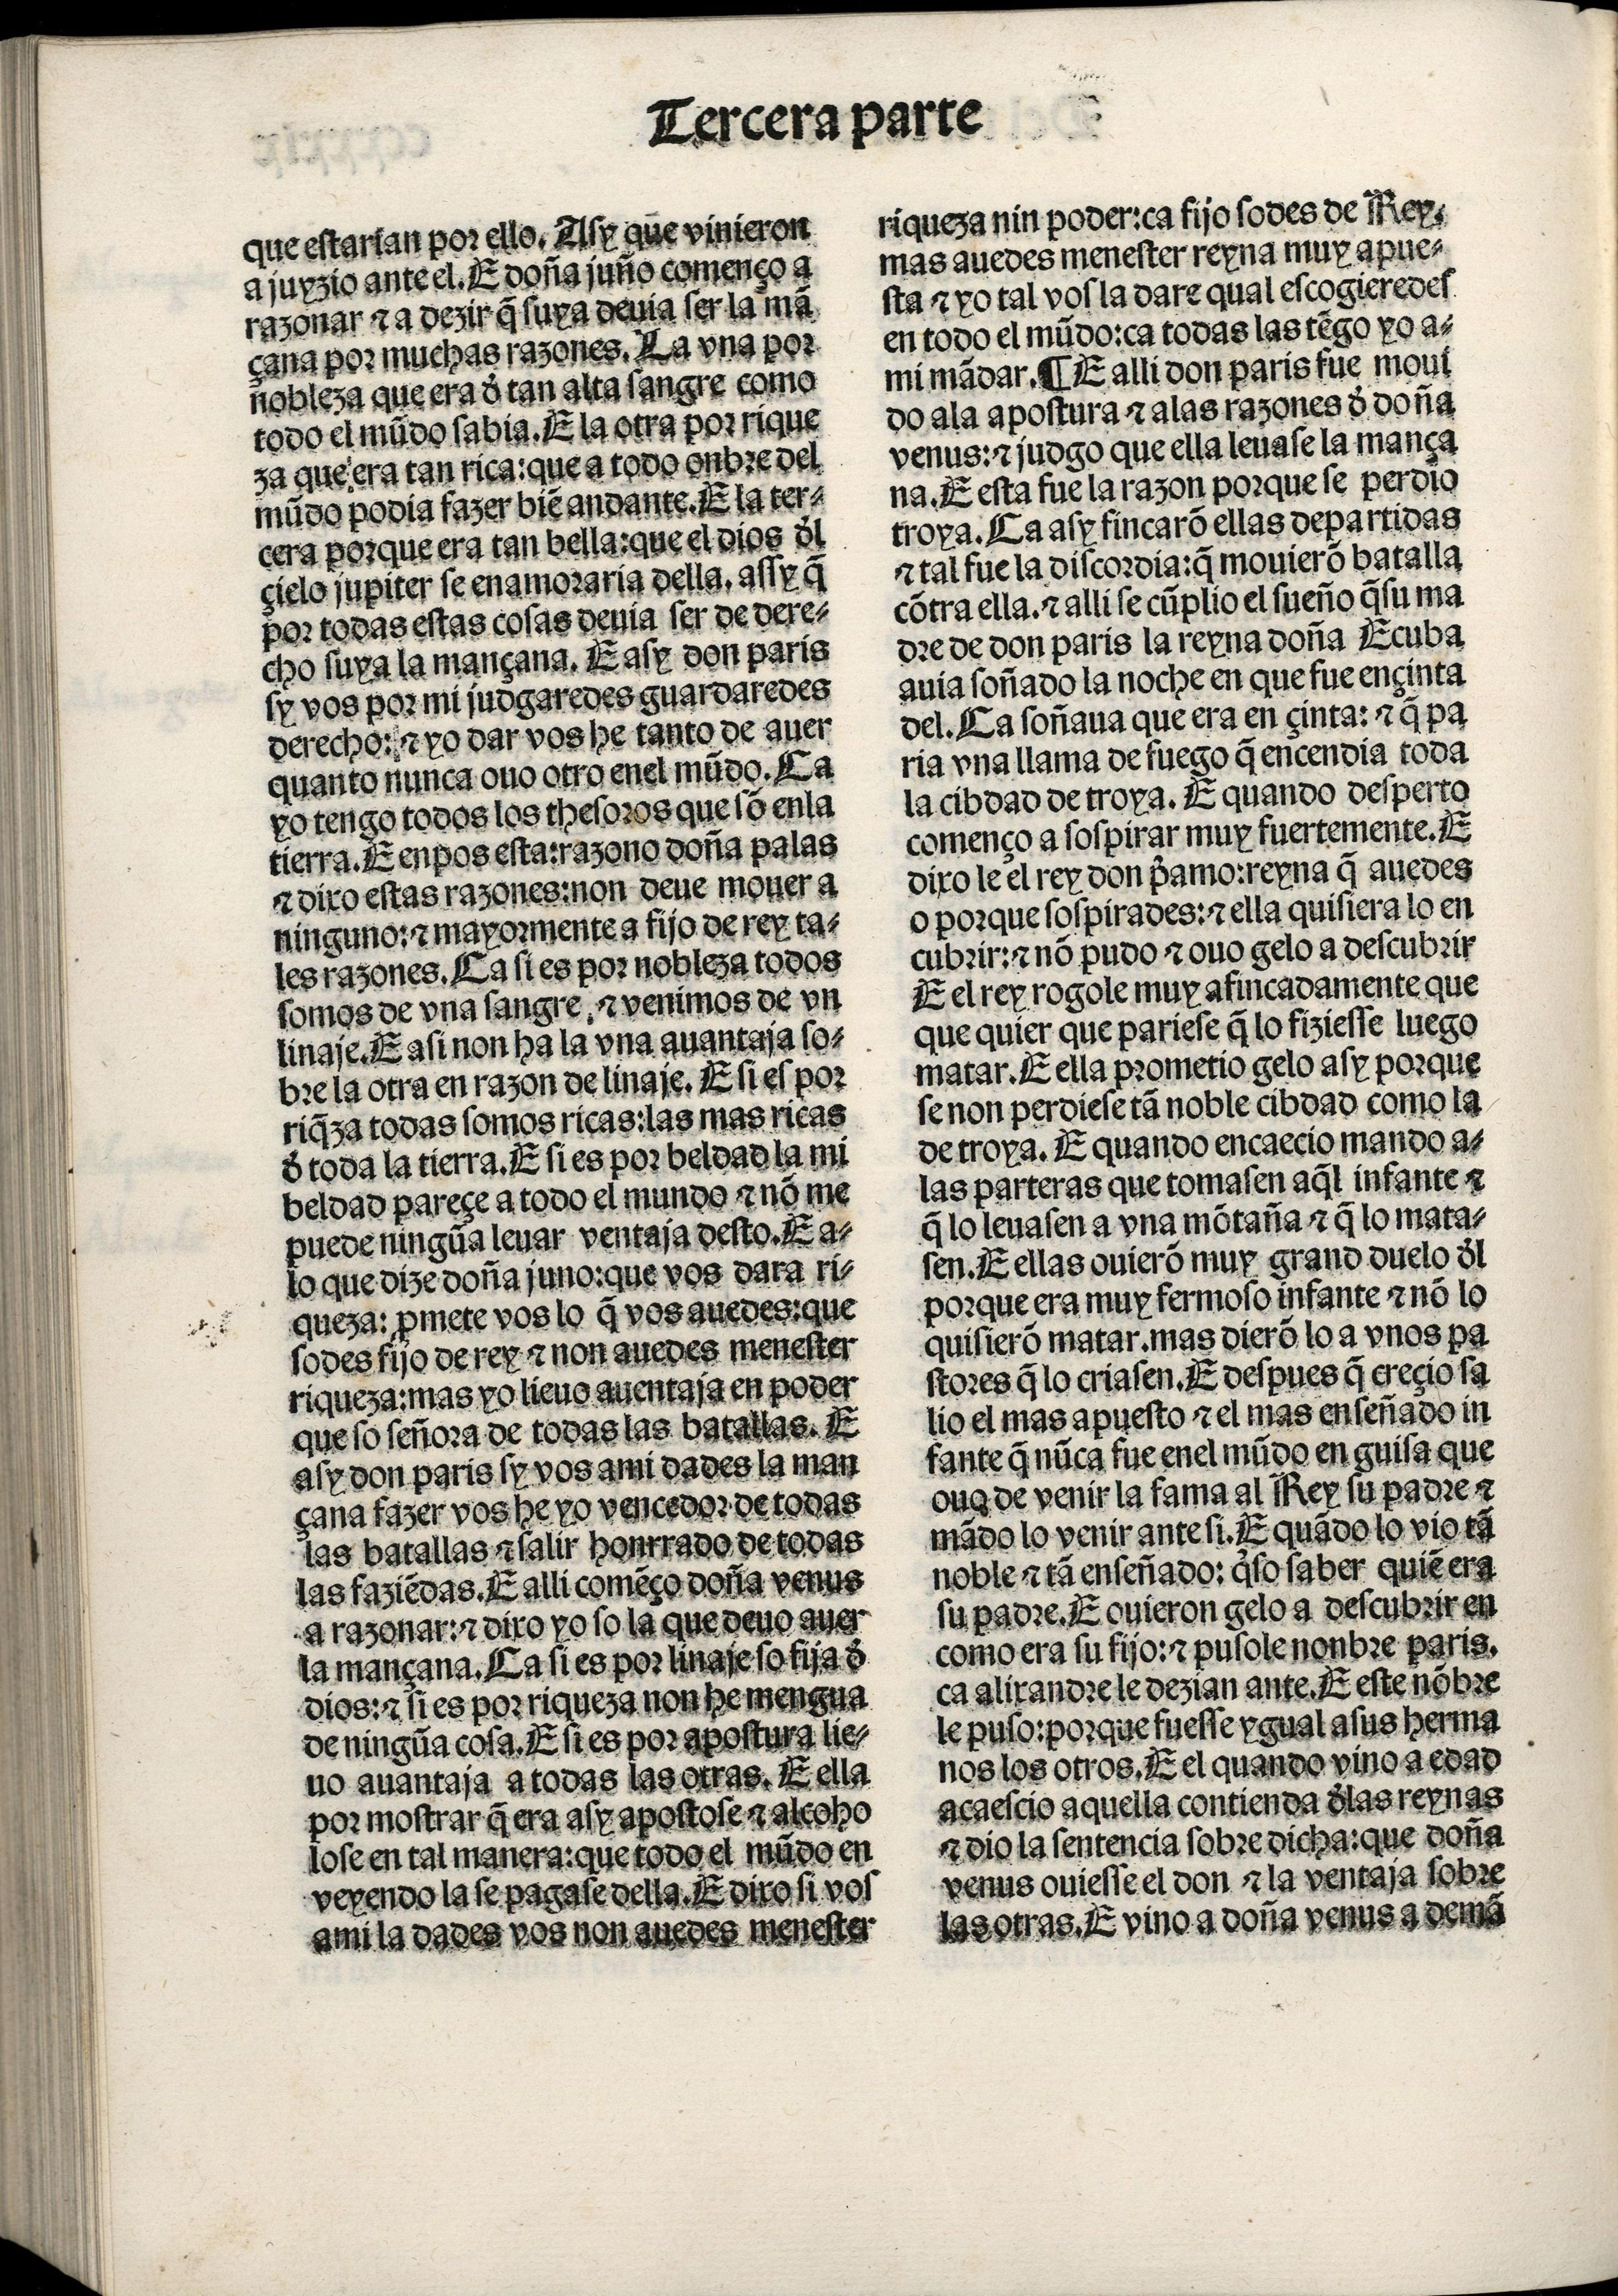
Shelfmark: Madrid, BNE, Inc. 901
Century: 15